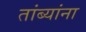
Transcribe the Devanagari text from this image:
तांब्यांना